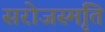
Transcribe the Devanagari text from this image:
सरोजस्मृति